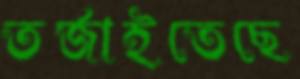
তর্জাইতেছে